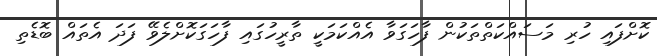
ކޮށްފައި ހުރި މަސައްކަތްތަކުން ފާހަގަވާ އެއްކަމަކީ ތާރީހުގައި ފާހަގަކޮށްލެވޭ ފަދަ އެތައް ބޮޑެތި